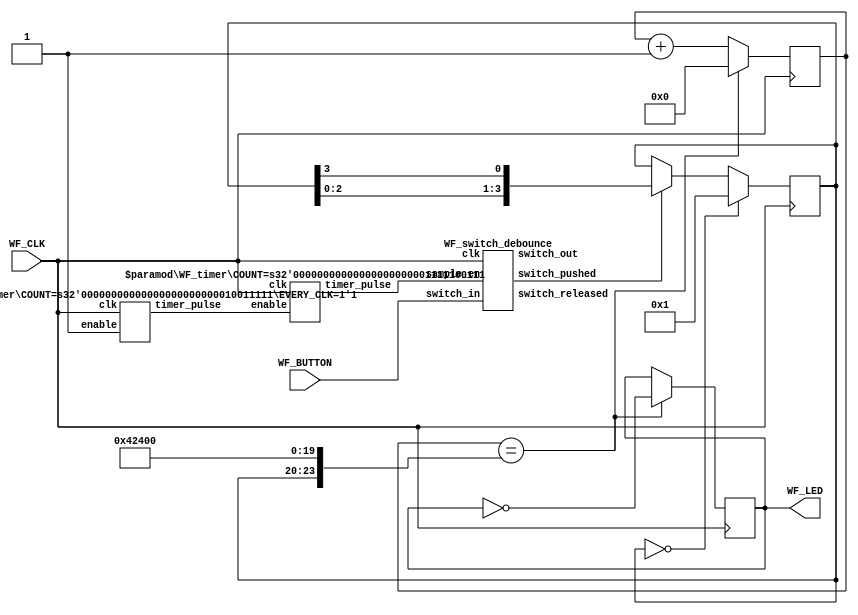
// WF_blinky_exercise.v
//
// The "Hello World" of Digital Logic!
// This example blinks the on-board user LED once a second.

module fpga_top(output reg WF_LED, input WF_CLK, input WF_BUTTON);
    reg  [24:0] counter;
    wire        switch_pushed;
    wire        switch_released;
    reg         switch_debounced_d;
    reg  [3:0]  blink_cnt;

    // blink by default once per second.
    // if button pushed, hen each time pushed blink faster
    // by a factor of two each time, until cycled through
    // 4 cases.
    always @ (posedge WF_CLK) begin
       if (counter == ( {blink_cnt, 20'h42400} )) begin    
            WF_LED   <= ~WF_LED;
            counter  <= 'b0;
        end else begin
            counter  <= counter + 'b1;
        end
    end
    
  
    // create smaller counter when button pushed
  always @ (posedge WF_CLK)
     if (blink_cnt == 0)
       blink_cnt <= 4'b0001;
     else
        if (switch_pushed)
         blink_cnt <= { blink_cnt[2:0],blink_cnt[3]}; // rotate a one

 // bring in switch debounce module
//  debounce switch in
    WF_switch_debounce switch_deb1 (
      .clk(WF_CLK),              // main clock
      .sample_en(ten_ms),     // pulse when to sample
      .switch_in(WF_BUTTON),  // async switch input
      .switch_out(switch_debounced),    // sync switch out, debounced
      .switch_pushed(switch_pushed),    // pulse when switch is pushed
      .switch_released() );             // pulse when switch is rel
      
     
     // timers for switch debounce, should also use these pulses for 
     // blink counter, will reduce total F/F count
     // User should try it :)
    WF_timer #(.COUNT(159), .EVERY_CLK(1'b1)) ten_usec(
        .clk(WF_CLK),
        .enable(1'b1),
        .timer_pulse(ten_us));

   // include time base  10ms
    WF_timer #(.COUNT(999)) ten_msec(
        .clk(WF_CLK),
        .enable(ten_us),
        .timer_pulse(ten_ms));

endmodule







// ************ modules ***************************************//      
      
//////////////////////////////////////////////////////////////////////
//
// timer
//
   module WF_timer (
       input  wire clk,
       input  wire enable,
       output reg  timer_pulse
   );

   parameter [9:0] COUNT = 499;
   parameter       EVERY_CLK = 1'b0;

    reg [9:0] counter;

    always @ (posedge clk)
        if (enable)
          begin
            if (counter == COUNT)
              begin
                timer_pulse <= 1'b1;
                counter     <= 'b0;
              end
           else
             begin
              counter     <= counter + 'b1;
              if (EVERY_CLK)  // case enable never goes low
               timer_pulse <= 1'b0;
             end

          end
        else
            timer_pulse <= 1'b0;

   endmodule

//////////////////////////////////////////////////////////////////////
//
// external switch debounced and synchronizer.
// active low when pushed.
//
   module WF_switch_debounce (
     input  wire clk,              // main clock
     input  wire sample_en,        // pulse when to sample
     input  wire switch_in,        // async switch input
     output reg  switch_out,       // sync switch out, debounced
     output wire switch_pushed,    // pulse when switch is pushed
     output wire switch_released); // pulse when switch is released

     reg  [2:0] switch;
     reg        switch_out_d;
//
     always @ (posedge clk)
       begin
         if ( sample_en)
           switch <= { switch[1:0],switch_in };

         if (switch == 3'b000)
           switch_out <= 1'b0;
         else if (switch == 3'b111)
           switch_out <= 1'b1;

         switch_out_d <= switch_out;
       end

     assign switch_pushed   = ~switch_out &&  switch_out_d;
     assign switch_released =  switch_out && ~switch_out_d;

   endmodule